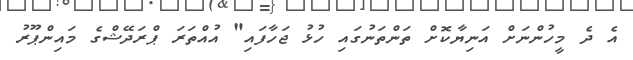
އެ ދެ މީހުންނަށް އަނިޔާކޮށް ތަންތަނުގައި ހުޅު ޖަހާފައި" އުއްތަރަ ޕްރަދޭޝްގެ މަައިންޕޫރު